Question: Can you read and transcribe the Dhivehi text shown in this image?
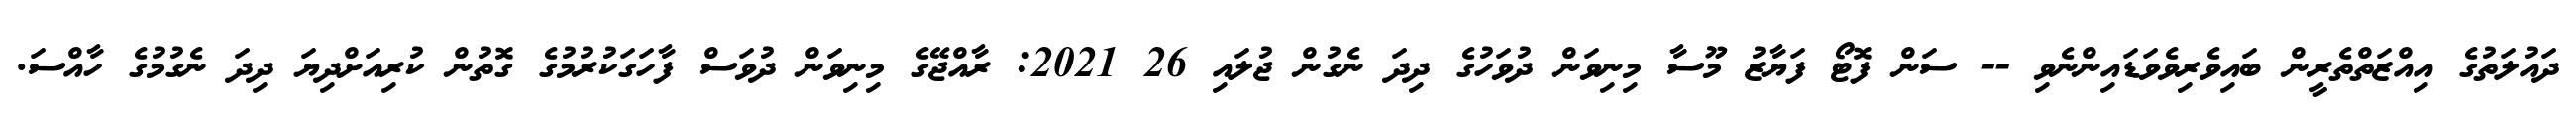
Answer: ދައުލަތުގެ އިއްޒަތްތެރީން ބައިވެރިވެވަޑައިންނެވި -- ސަން ފޮޓޯ ފަޔާޒު މޫސާ މިނިވަން ދުވަހުގެ ދިދަ ނެގުން ޖުލައި 26 2021: ރާއްޖޭގެ މިނިވަން ދުވަސް ފާހަގަކުރުމުގެ ގޮތުން ކުރިއަށްދިޔަ ދިދަ ނެގުމުގެ ހާއްސަ.